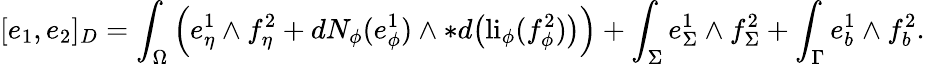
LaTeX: [e_{1},e_{2}]_{D}=\int_{\Omega}\Big(e_{\eta}^{1}\wedge f_{\eta}^{2}+dN_{\phi}(e_{\phi}^{1})\wedge\ast d\big(\mathrm{li}_{\phi}(f_{\phi}^{2})\big)\Big)+\int_{\Sigma}e_{\Sigma}^{1}\wedge f_{\Sigma}^{2}+\int_{\Gamma}e_{b}^{1}\wedge f_{b}^{2}.